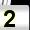
Digit: 2